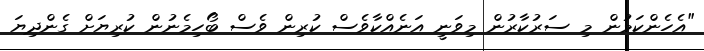
"އެހެންކަމުން މި ސަރުކާރުން މިވަނީ އަނެއްކާވެސް ކުރިން ވެސް ބޯހިމެނުން ކުރިޔަށް ގެންދިޔަ